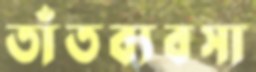
তাঁতব্যবসা